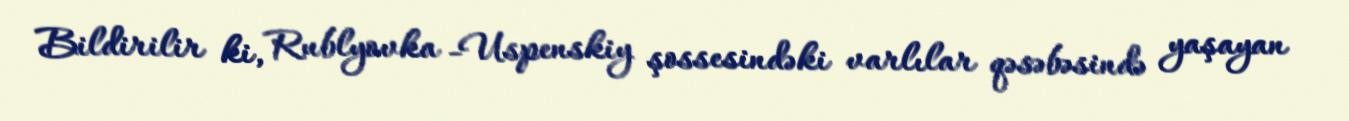
Bildirilir ki, Rublyovka -Uspenskiy şossesindəki varlılar qəsəbəsində yaşayan